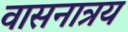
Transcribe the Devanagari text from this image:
वासनात्रय